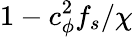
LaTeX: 1-c_{\phi}^{2}f_{s}/\chi